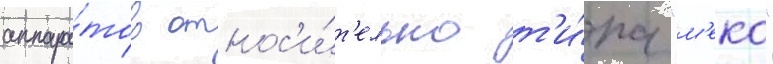
аппара́тов относ'и́т'ельно т'и́па "м'еко"